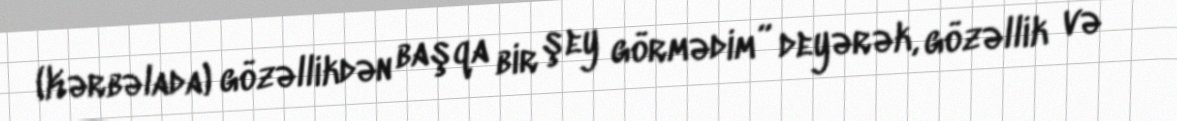
(Kərbəlada) gözəllikdən başqa bir şey görmədim” deyərək, gözəllik və